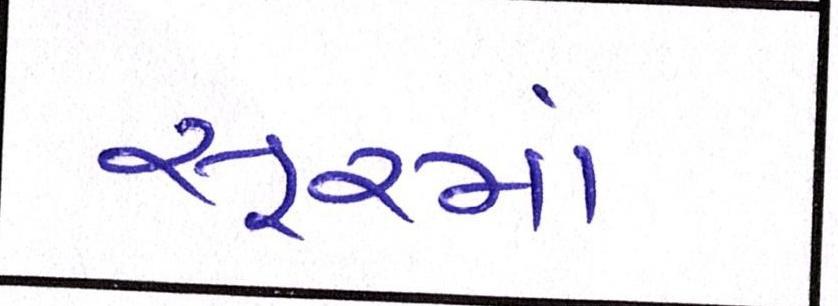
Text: સૂરમાં